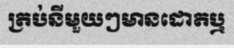
ត្រប់នីមួយៗមានដោតឬ